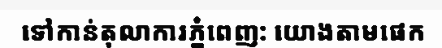
ទៅកាន់តុលាការភ្នំពេញ: យោងតាមផេក